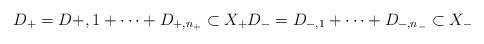
LaTeX: \begin{align*}D_+=D{+,1}+\cdots+ D_{+,n_+}\subset X_+ D_-=D_{-,1}+\cdots+D_{-,n_-}\subset X_-\end{align*}